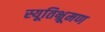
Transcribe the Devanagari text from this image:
स्यूतिभ्रूमण